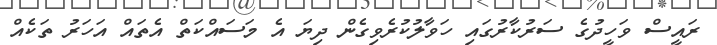
ރައީސް ވަހީދުގެ ސަރުކާރުގައި ހަވާލުކުރެވިގެން ދިޔަ އެ މަސައްކަތް އެތައް އަހަރު ތަކެއް